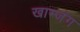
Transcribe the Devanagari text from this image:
खाम्जंग